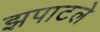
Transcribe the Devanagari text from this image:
झपाटले